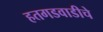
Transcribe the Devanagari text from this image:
हतगडवाडीचे